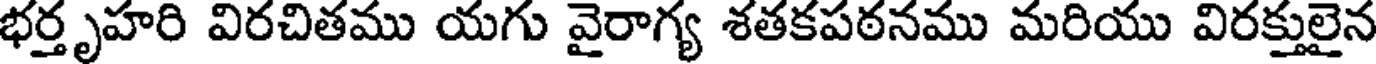
భర్తృహరి విరచితము యగు వైరాగ్య శతకపఠనము మరియు విరక్తులైన